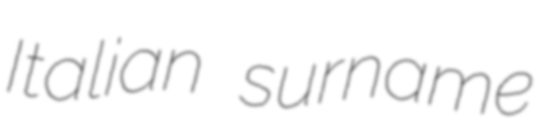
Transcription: Italian surname